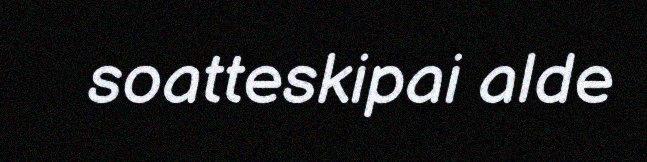
soatteskipai alde